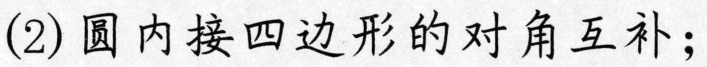
(2)圆内接四边形的对角互补；